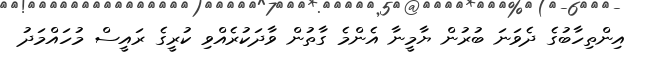
އިންތިހާބުގެ ދެވަނަ ބުރުން ޔާމީނާ އެންމެ ގާތުން ވާދަކުރެއްވި ކުރީގެ ރައީސް މުހައްމަދު